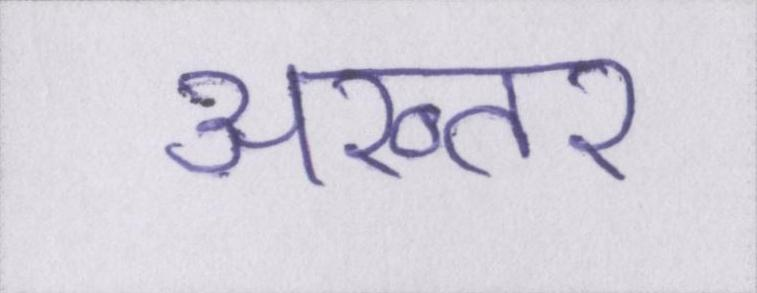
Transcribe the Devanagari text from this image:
अख्तर